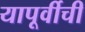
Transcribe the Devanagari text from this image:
यापूर्वीची